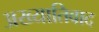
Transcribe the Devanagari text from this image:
अख्यातिवाद